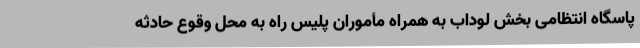
پاسگاه انتظامی بخش لوداب به همراه مأموران پلیس راه به محل وقوع حادثه